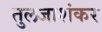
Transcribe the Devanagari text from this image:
तुलजाशंकर